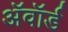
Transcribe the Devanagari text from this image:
अॅवॉर्ड